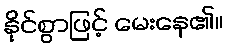
နိုင်စွာဖြင့် မေးနေ၏။